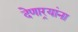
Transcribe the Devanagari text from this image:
देणार्‍यांना